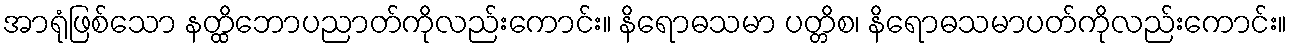
အာရုံဖြစ်သော နတ္ထိဘောပညာတ်ကိုလည်းကောင်း။ နိရောဓသမာ ပတ္တိစ၊ နိရောဓသမာပတ်ကိုလည်းကောင်း။